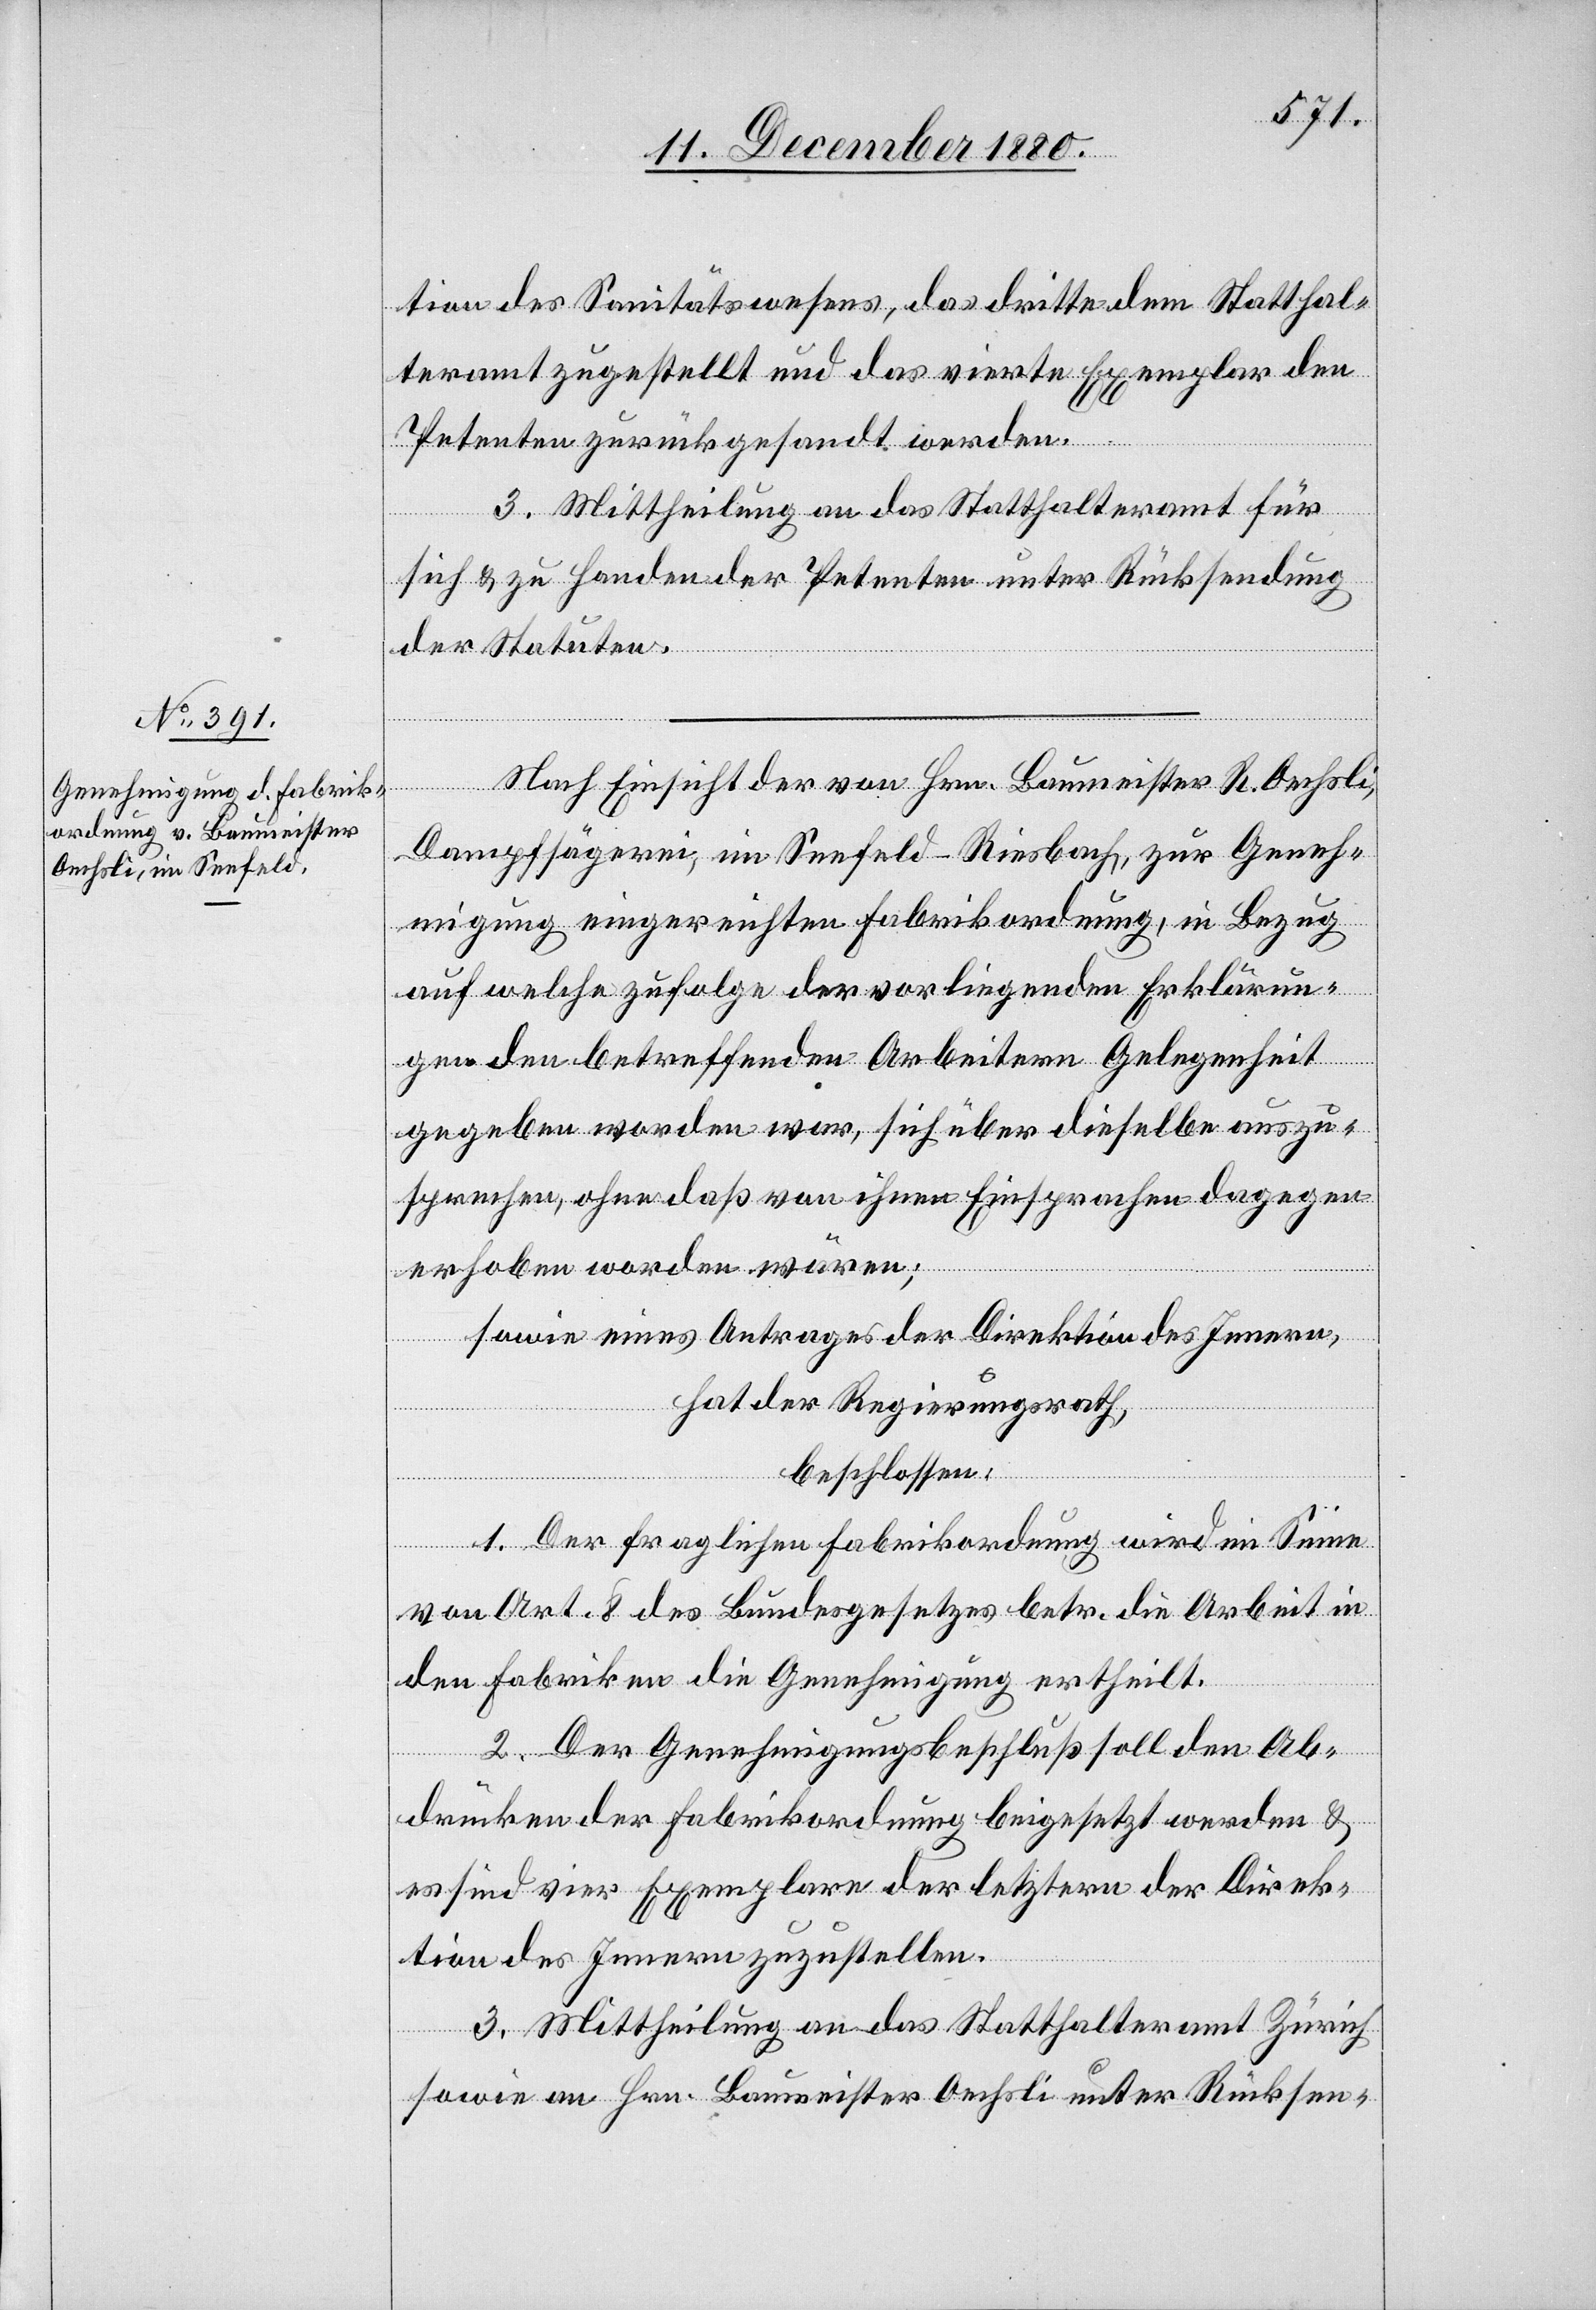
tion des Sanitätswesens, das dritte dem Statthal¬
teramt zugestellt und das vierte Exemplar den
Petenten zurückgesandt werden.
3. Mittheilung an das Statthalteramt für
sich & zu Handen der Petenten unter Rücksendung
der Statuten.
Nach Einsicht der von Hrn. Baumeister R. Oechsli,
Dampfsägerei, im Seefeld - Riesbach, zur Geneh¬
migung eingereichten Fabrikordnung, in Bezug
auf welche zufolge der vorliegenden Erklärun¬
gen den betreffenden Arbeitern Gelegenheit
gegeben worden war, sich über dieselbe auszu¬
sprechen, ohne daß von ihnen Einsprachen dagegen
erhoben worden wären;
sowie eines Antrages der Direktion des Innern,
hat der Regierungsrath,
beschlossen:
1. Der fraglichen Fabrikordnung wird im Sinne
von Art. 8 des Bundesgesetzes betr. die Arbeit in
den Fabriken die Genehmigung ertheilt.
2. Der Genehmigungsbeschluß soll den Ab¬
drücken der Fabrikordnung beigesetzt werden &
es sind vier Exemplare der letztern der Direk¬
tion des Innern zuzustellen.
3. Mittheilung an das Statthalteramt Zürich
sowie an Hrn. Baumeister Oechsli unter Rücksen-